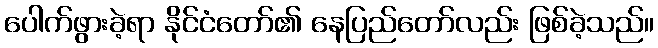
ပေါက်ဖွားခဲ့ရာ နိုင်ငံတော်၏ နေပြည်တော်လည်း ဖြစ်ခဲ့သည်။